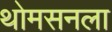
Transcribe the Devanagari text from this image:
थोमसनला